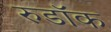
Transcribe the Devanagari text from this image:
रुडॉक